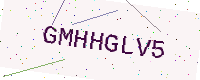
Text: GMHHGLV5